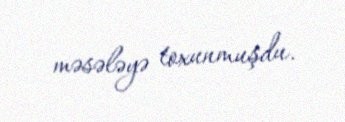
məsələyə toxunmuşdu.